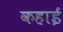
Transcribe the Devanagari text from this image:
कहाई